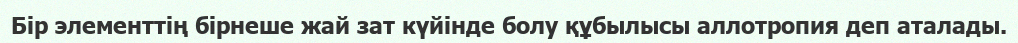
Бір элементтің бірнеше жай зат күйінде болу құбылысы аллотропия деп аталады.